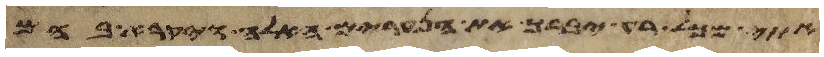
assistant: אתי מכל רע יברך את הנערים האלה ויקרא בהם